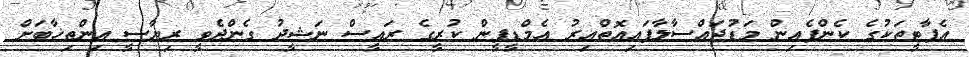
އެޕާޓީތަކުގެ ކެންޕެއިން މަޑުޖައްސާލާފައިއޮތްއިރު އެމްޑީޕީން ކުރީގެ ރައީސް ނަޝީދު ގެންދެވީ ރިޔާސީ އިންތިޚާބަށް